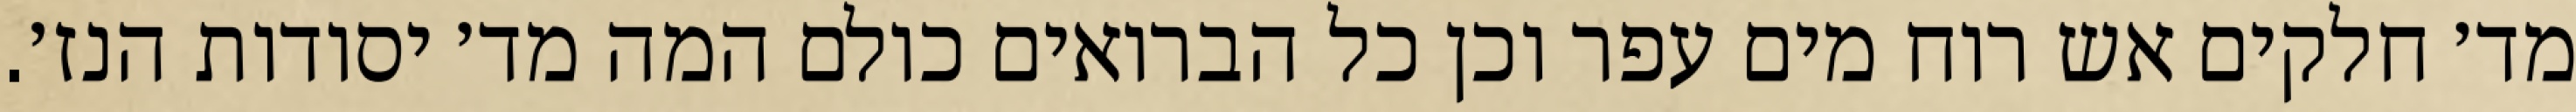
מד׳ חלקים אש רוח מים עפר וכן כל הברואים כולם המה מד׳ יסודות הנז׳.